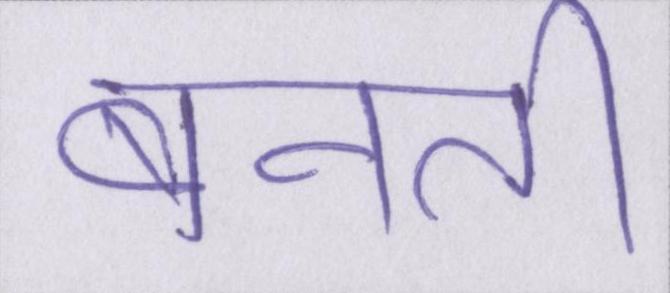
बनती